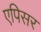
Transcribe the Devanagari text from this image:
एपिसर